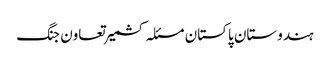
ہندوستان پاکستان مسئلہ کشمیر تعاون جنگ